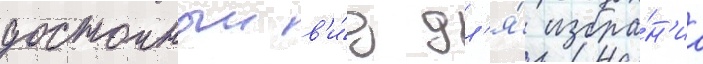
достоиныи в'и́д дл'я́ избра́н'иа